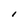
Character: l